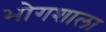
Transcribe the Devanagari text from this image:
भोगशाला